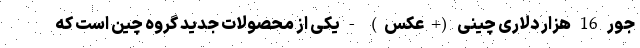
جور 16 هزار دلاری چینی (+عکس) - یکی از محصولات جدید گروه چین است که